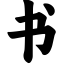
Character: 书